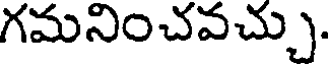
గమనించవచ్చు.